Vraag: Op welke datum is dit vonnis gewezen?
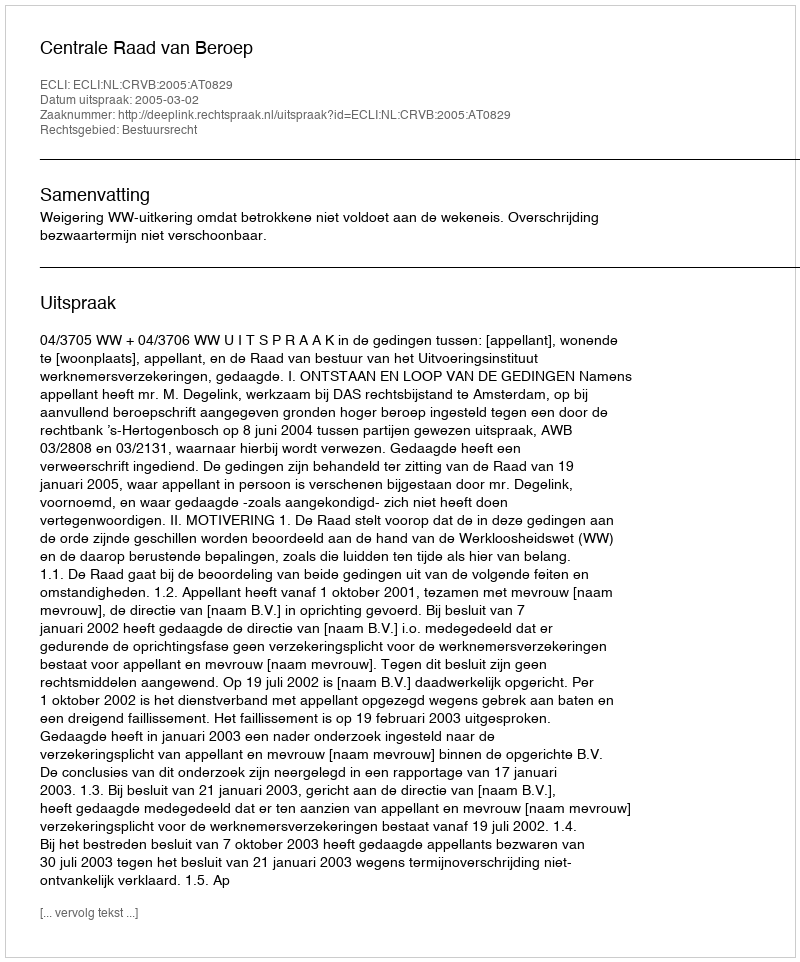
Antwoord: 2005-03-02